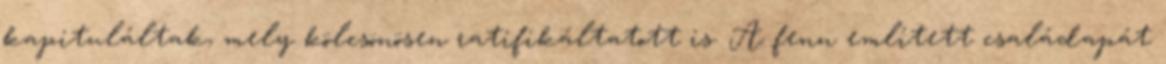
kapituláltak, mely kölcsönösen ratifikáltatott is. A fenn említett családapát